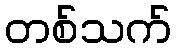
တစ်သက်